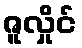
ဇူလှိုင်